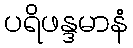
ပရိဖန္ဒမာနံ